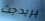
بريدجت